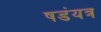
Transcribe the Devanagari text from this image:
षडंयत्र